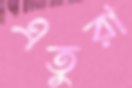
এতুরা